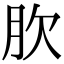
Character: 肷